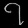
Digit: ၇